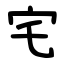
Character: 宅